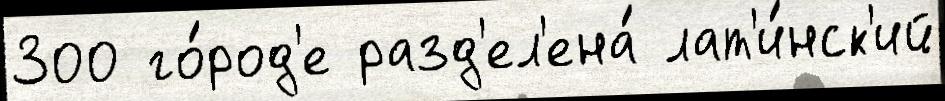
300 го́род'е разд'ел'ена́ лат'и́нск'ий